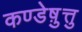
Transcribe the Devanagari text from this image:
कण्डेष़ुत्तु